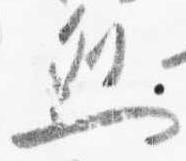
烈